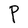
Character: P